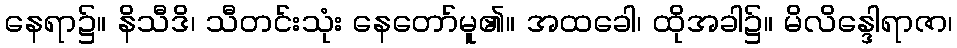
နေရာ၌။ နိသီဒိ၊ သီတင်းသုံး နေတော်မူ၏။ အထခေါ၊ ထိုအခါ၌။ မိလိန္ဒေါရာဇာ၊